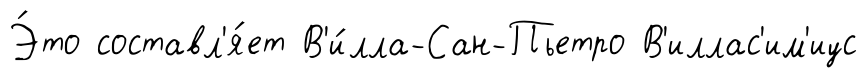
Э́то составл'я́ет В'и́лла-Сан-Пьетро В'иллас'им'иус